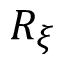
R _ { \xi }